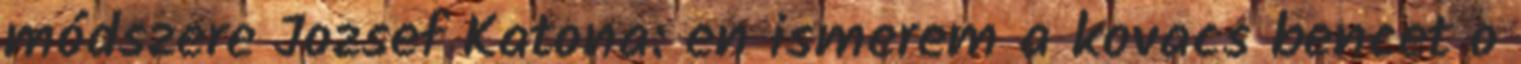
módszere Jozsef Katona: en ismerem a kovacs bencet o